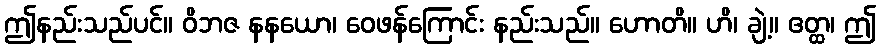
ဤနည်းသည်ပင်။ ဝိဘဇ နနယော၊ ဝေဖန်ကြောင်း နည်းသည်။ ဟောတိ။ ဟိ၊ ချဲ့။ ဧတ္ထ၊ ဤ